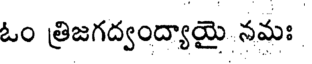
ఓం త్రిజగద్వంద్యాయై నమః